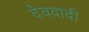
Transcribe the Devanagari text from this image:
देववादी